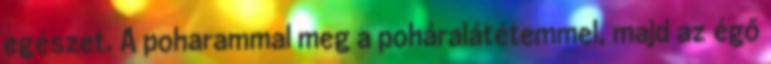
egészet. A poharammal meg a poháralátétemmel, majd az égő